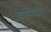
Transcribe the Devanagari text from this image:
कृषिविद्येचा